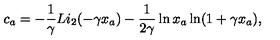
c _ { a } = - \frac { 1 } { \gamma } L i _ { 2 } ( - \gamma x _ { a } ) - \frac { 1 } { 2 \gamma } \ln x _ { a } \ln ( 1 + \gamma x _ { a } ) ,